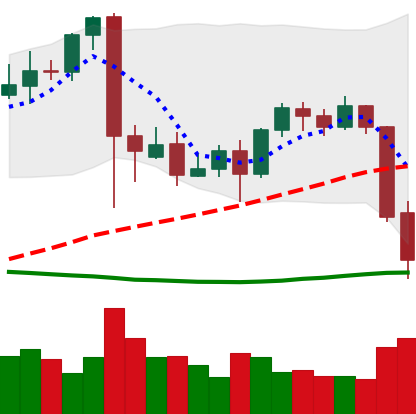
Ticker: BTC-USD
Chart end date: 2021-09-21
Forward return: 6.18%
Label: up_5_7